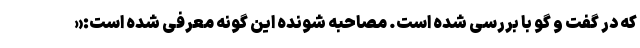
که در گفت و گو با بررسی شده است. مصاحبه شونده این گونه معرفی شده است:«